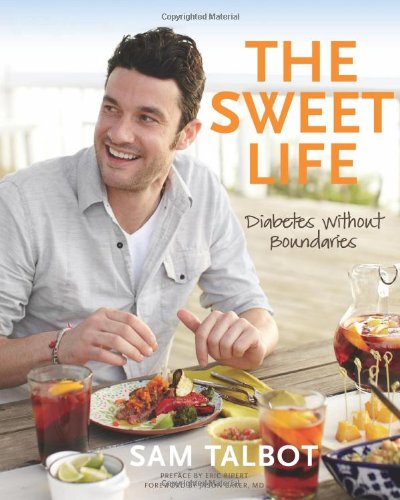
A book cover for The Sweet Life: Diabetes without Boundaries; Sam Talbot; Cookbooks, Food & Wine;